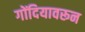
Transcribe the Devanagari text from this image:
गोंदियावरून